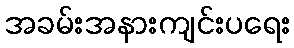
အခမ်းအနားကျင်းပရေး